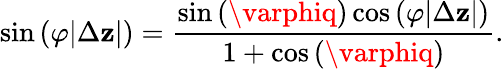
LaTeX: \sin{(\varphi|\Delta\mathbf{z}|)}=\frac{{\sin{(\varphiq)}\cos{(\varphi|\Delta\mathbf{z}|)}}}{{1+\cos{(\varphiq)}}}.